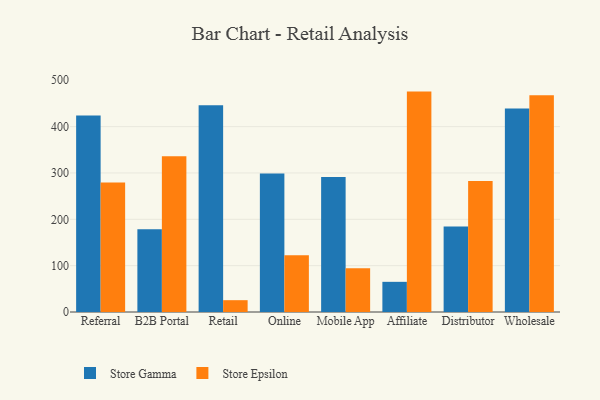
{"axis": {"x": "Channel", "y": "Tickets Resolved"}, "legend": ["Store Epsilon", "Store Gamma"], "data": [{"x": "Referral", "y": 423.7, "type": "Store Gamma"}, {"x": "Referral", "y": 279.2, "type": "Store Epsilon"}, {"x": "B2B Portal", "y": 178.4, "type": "Store Gamma"}, {"x": "B2B Portal", "y": 335.8, "type": "Store Epsilon"}, {"x": "Retail", "y": 446.3, "type": "Store Gamma"}, {"x": "Retail", "y": 25.5, "type": "Store Epsilon"}, {"x": "Online", "y": 299.0, "type": "Store Gamma"}, {"x": "Online", "y": 122.7, "type": "Store Epsilon"}, {"x": "Mobile App", "y": 291.4, "type": "Store Gamma"}, {"x": "Mobile App", "y": 94.5, "type": "Store Epsilon"}, {"x": "Affiliate", "y": 65.1, "type": "Store Gamma"}, {"x": "Affiliate", "y": 475.5, "type": "Store Epsilon"}, {"x": "Distributor", "y": 184.4, "type": "Store Gamma"}, {"x": "Distributor", "y": 282.5, "type": "Store Epsilon"}, {"x": "Wholesale", "y": 439.2, "type": "Store Gamma"}, {"x": "Wholesale", "y": 467.8, "type": "Store Epsilon"}]}